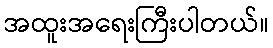
အထူးအရေးကြီးပါတယ်။